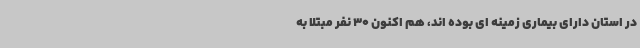
در استان دارای بیماری زمینه ای بوده اند، هم اکنون 30 نفر مبتلا به